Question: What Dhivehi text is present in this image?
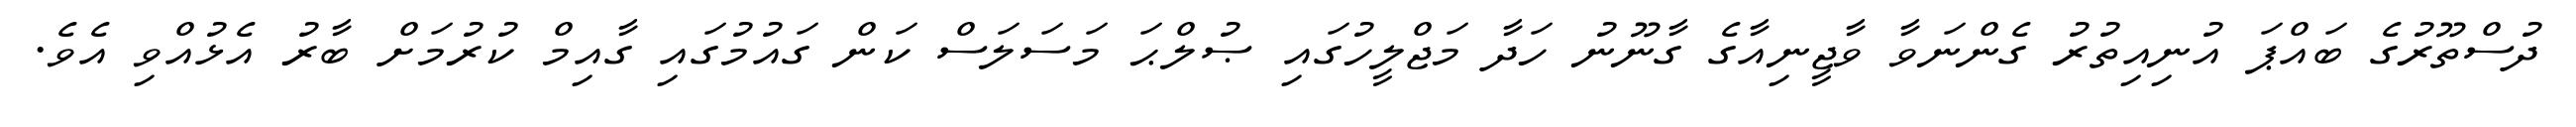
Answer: ދުސްތޫރުގެ ބައްޕަ އުނިއިތުރު ގެންނަވާ ވާޖީނިއާގެ ގާނޫނު ހަދާ މަޖްލީހުގައި ޞުލްޙަ މަސަލަސް ކަން ގައުމުގައި ގާއިމް ކުރުމަށް ބާރު އެޅުއްވި އެވެ.